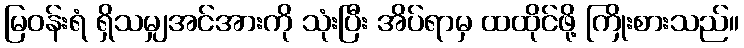
မြဝန်းရံ ရှိသမျှအင်အားကို သုံးပြီး အိပ်ရာမှ ထထိုင်ဖို့ ကြိုးစားသည်။